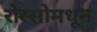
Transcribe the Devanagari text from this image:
रोस्सोमधून